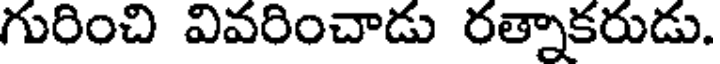
గురించి వివరించాడు రత్నాకరుడు.